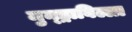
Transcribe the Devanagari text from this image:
मुन्ड्राबिल्ला